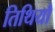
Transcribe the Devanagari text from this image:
तिथियौ